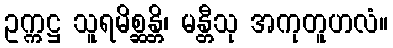
ဥက္ကဋ္ဌ သူရမိစ္ဆန္တိ၊ မန္တီသု အကုတူဟလံ။